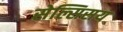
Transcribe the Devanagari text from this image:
सेल्सिसय